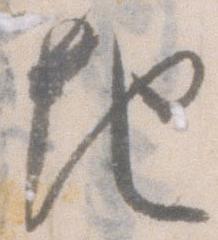
地